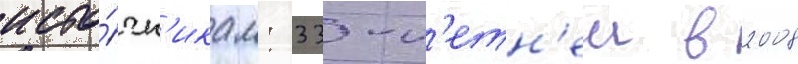
исто́чн'икам: 33-л'етн'еи в 2008